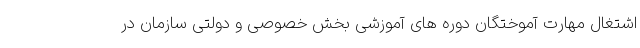
اشتغال مهارت آموختگان دوره های آموزشی بخش خصوصی و دولتی سازمان در